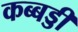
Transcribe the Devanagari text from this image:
कब्बड्डी